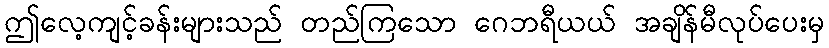
ဤလေ့ကျင့်ခန်းများသည် တည်ကြသော ဂေဘရီယယ် အချိန်မီလုပ်ပေးမှ